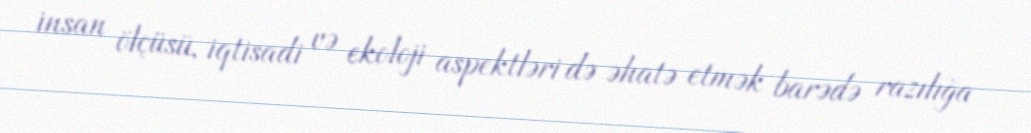
insan ölçüsü, iqtisadi və ekoloji aspektləri də əhatə etmək barədə razılığa